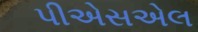
પીએસએલ